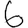
Digit: 6